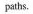
paths.